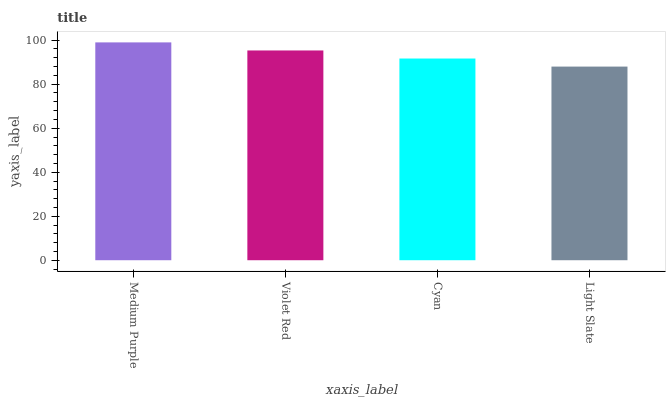
| xaxis_label | bars |
 | --- | --- |
 | Medium Purple | 99 |
 | Violet Red | 95.3 |
 | Cyan | 91.7 |
 | Light Slate | 88 |